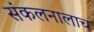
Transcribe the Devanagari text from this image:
संकलनालाच